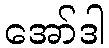
အော်ဒါ